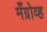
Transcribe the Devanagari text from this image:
मँग्रोव्ह